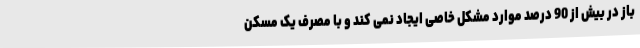
باز در بیش از 90 درصد موارد مشکل خاصی ایجاد نمی کند و با مصرف یک مسکن